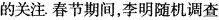
的关注春节期间，李明随机调查